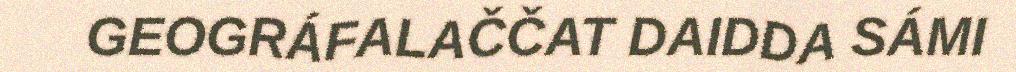
GEOGRÁFALAČČAT DAIDDA SÁMI